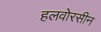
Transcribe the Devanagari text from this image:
हलवोरसीन